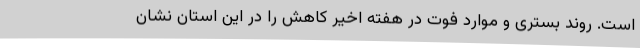
است. روند بستری و موارد فوت در هفته اخیر کاهش را در این استان نشان